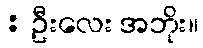
: ဦးလေး အဘိုး။